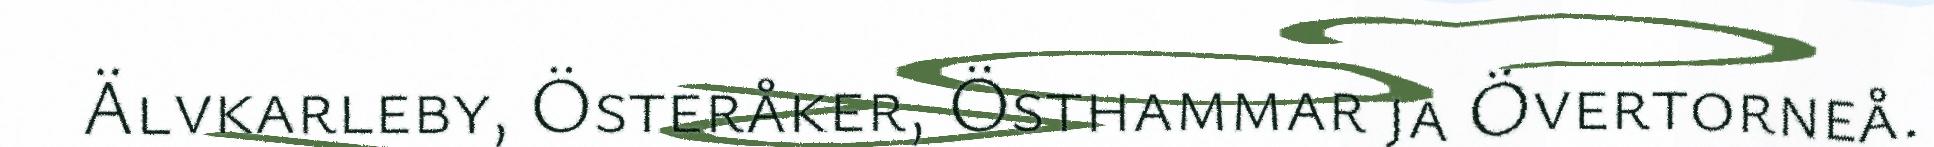
Älvkarleby, Österåker, Östhammar ja Övertorneå.